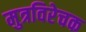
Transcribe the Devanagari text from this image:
मुत्रविरेचक